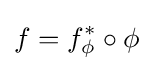
f=f_{\phi }^{*}\circ \phi